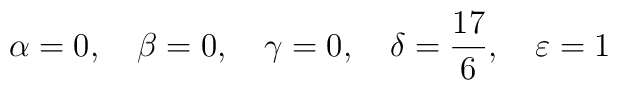
\alpha =0,\quad\beta=0,\quad\gamma=0,\quad\delta=\frac{17}{6},\quad\varepsilon=1